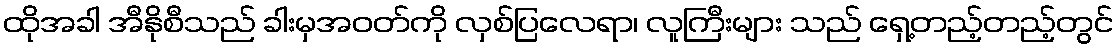
ထိုအခါ အီနိုစီသည် ခါးမှအဝတ်ကို လှစ်ပြလေရာ၊ လူကြီးများ သည် ရှေ့တည့်တည့်တွင်